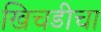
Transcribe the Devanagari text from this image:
खिचडीचा